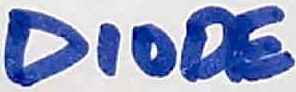
Text: DIODE